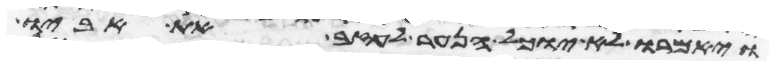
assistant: ויאמרו לא יוכל הנער לעזב את אביו